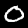
Digit: 0